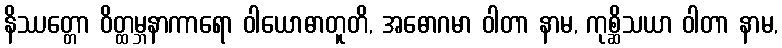
နိဿတ္တော ဝိတ္ထမ္ဘနာကာရော ဝါယောဓာတူတိ, အဓောဂမာ ဝါတာ နာမ, ကုစ္ဆိသယာ ဝါတာ နာမ,